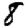
Digit: 8